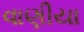
વાણીયા